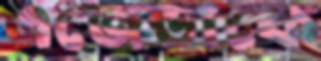
এজেন্ডাকে